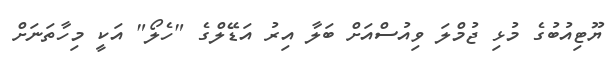
ޔޫޓިއުބުގެ މުޅި ޖުމްލަ ވިއުސްއަށް ބަލާ އިރު އަޑޭލްގެ "ހެލޯ" އަކީ މިހާތަނަށް